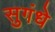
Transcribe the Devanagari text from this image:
सुगंधे